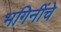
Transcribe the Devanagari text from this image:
भगिनींचे